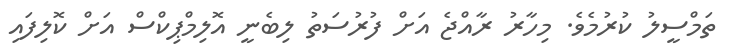
ތަމްސީލު ކުރުމެވެ. މިހާރު ރާއްޖެ އަށް ފުރުސަތު ލިބެނީ އޮލިމްޕިކްސް އަށް ކޮލިފައި